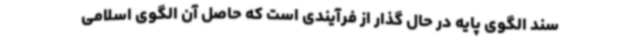
سند الگوی پایه در حال گذار از فرآیندی است که حاصل آن الگوی اسلامی